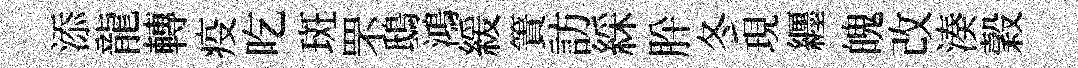
添龍轉疫吃斑罘鴟鴻緩簀訪綵肸冬現纒魄改湊穀